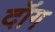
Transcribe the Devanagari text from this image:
दॉग